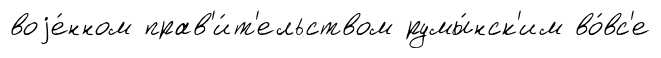
воjе́нном прав'и́т'ельством румы́нск'им во́вс'е